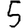
Digit: 5